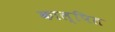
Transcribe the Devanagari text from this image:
काल्पित